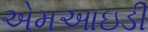
એમઆઇડી